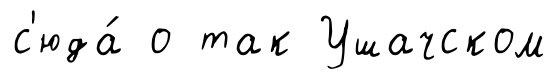
с'юда́ о так Ушачском